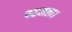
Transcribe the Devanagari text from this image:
पहनता।